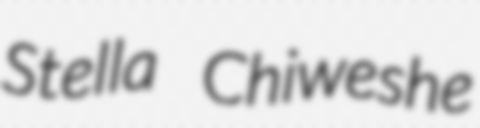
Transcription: Stella Chiweshe